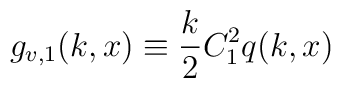
g_{v,1}(k,x)\equiv \frac{k}{2}C^2_1q(k,x)